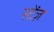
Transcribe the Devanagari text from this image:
स्टेंज़